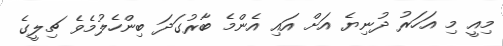
މިއީ މި އަހަރު ދުނިޔެ އަށް އައި އެންމެ ބާރުގަދަ ބިންހެލުމެވެ ޗިލީގެ